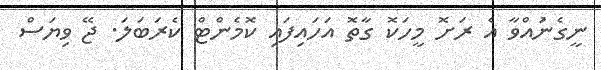
ނީގެނުައްވާ އެ ރަށޮ މީހަކޮ ގާތޮ އަހައިފައި ކޮމެންޓް ކެރަބަލަ. ޖޭ ވިޔަސް